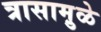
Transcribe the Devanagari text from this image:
त्रासामु़ळे